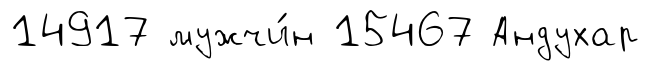
14917 мужчи́н 15467 Андухар